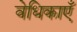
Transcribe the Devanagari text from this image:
वेधिकाएँ